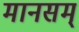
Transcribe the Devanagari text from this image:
मानसम्